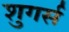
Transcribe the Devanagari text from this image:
शुगर्स